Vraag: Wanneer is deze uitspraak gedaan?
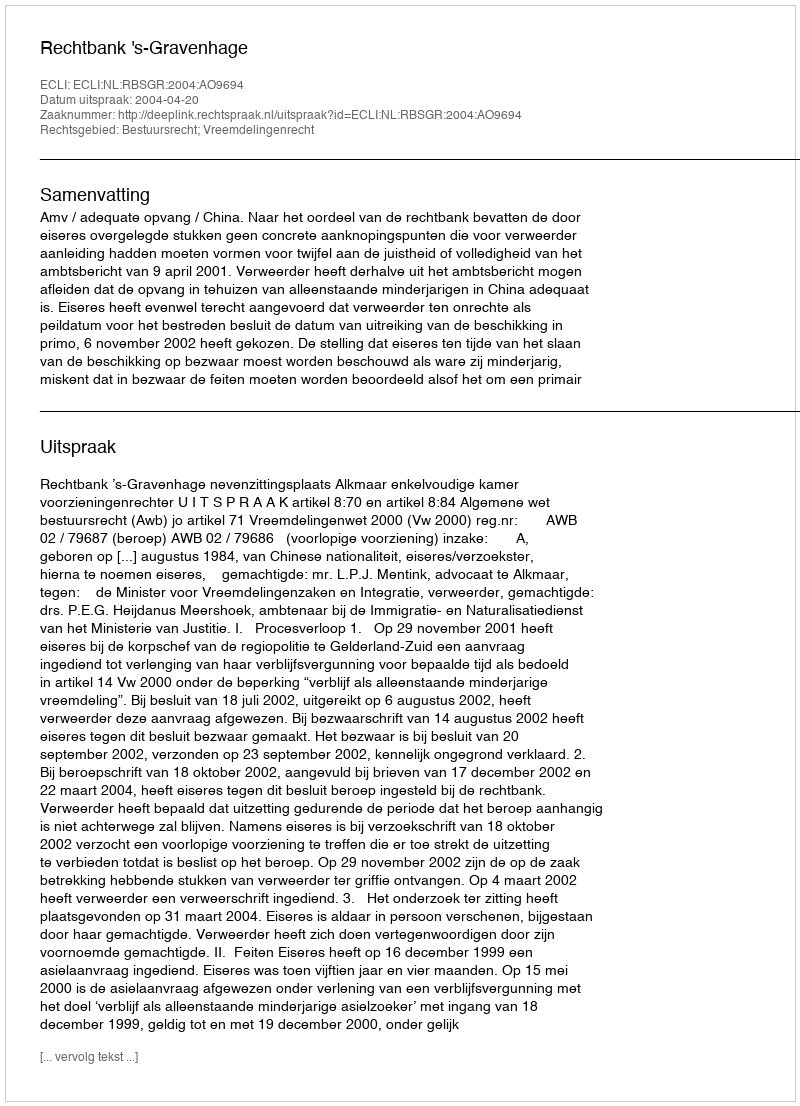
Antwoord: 2004-04-20